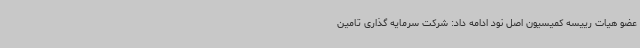
عضو هیات رییسه کمیسیون اصل نود ادامه داد: شرکت سرمایه گذاری تامین